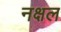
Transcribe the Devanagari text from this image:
नक्षल